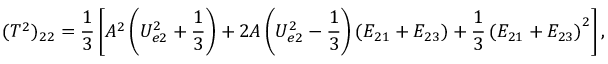
( T ^ { 2 } ) _ { 2 2 } = \frac { 1 } { 3 } \left[ A ^ { 2 } \left( U _ { e 2 } ^ { 2 } + \frac { 1 } { 3 } \right) + 2 A \left( U _ { e 2 } ^ { 2 } - \frac { 1 } { 3 } \right) \left( E _ { 2 1 } + E _ { 2 3 } \right) + \frac { 1 } { 3 } \left( E _ { 2 1 } + E _ { 2 3 } \right) ^ { 2 } \right] ,